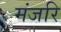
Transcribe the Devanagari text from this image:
मंजरि